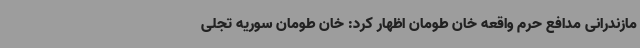
مازندرانی مدافع حرم واقعه خان طومان اظهار کرد: خان طومان سوریه تجلی